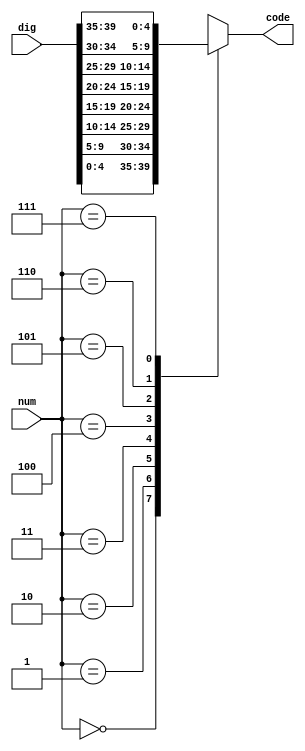
`timescale 1ns / 1ps

module display_sel(num, dig, code);
	input [2:0]			num;		// 0~7
	input [39:0]		dig;
	output reg [4:0]	code;		// 7,

	always @(num) begin
        case(num)
            3'd0: code = dig[4:0];
            3'd1: code = dig[9:5];
            3'd2: code = dig[14:10];
            3'd3: code = dig[19:15];
            3'd4: code = dig[24:20];
            3'd5: code = dig[29:25];
            3'd6: code = dig[34:30];
            3'd7: code = dig[39:35];
            default: code = 5'b00000;
        endcase
    end

endmodule